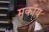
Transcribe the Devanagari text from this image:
मकॉय